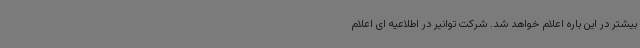
بیشتر در این باره اعلام خواهد شد. شرکت توانیر در اطلاعیه ای اعلام